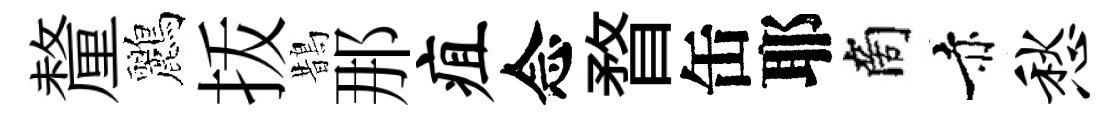
釐鸝㧞鵲那疽念瞀缶耶商赤愁